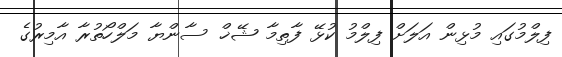
ފިލްމުގައި މުޅިން އަލަށް ފިލްމު ކުޅޭ ފާތިމާ ޝޭޚް ސާންޔާ މަލްހޯތުރާ އާމިރުގެ